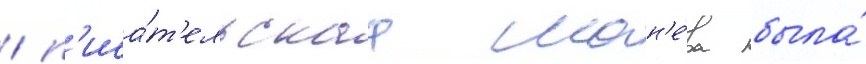
/ п'иса́т'ельскаа ман'е́ра была́